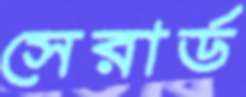
সেরার্ড